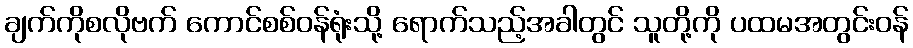
ချက်ကိုစလိုဗက် ကောင်စစ်ဝန်ရုံးသို့ ရောက်သည့်အခါတွင် သူတို့ကို ပထမအတွင်းဝန်